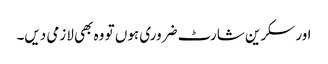
اور سکرین شارٹ ضروری ہوں تو وہ بھی لازمی دیں۔